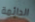
الدائمة